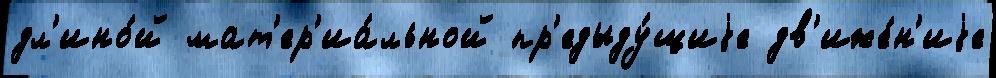
дл'ино́й мат'ер'иа́льной пр'едыду́щиjе дв'иже́н'иjе